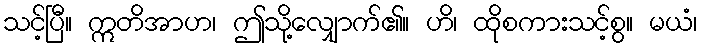
သင့်ပြီ။ ဣတိအာဟ၊ ဤသို့လျှောက်၏။ ဟိ၊ ထိုစကားသင့်စွ။ မယံ၊